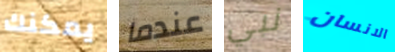
يمكنك عندما نبي الانسان